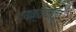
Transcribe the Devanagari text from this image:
व्यक्‍तिमत्व